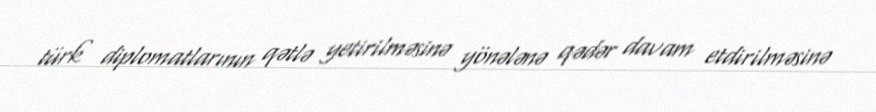
türk diplomatlarının qətlə yetirilməsinə yönələnə qədər davam etdirilməsinə